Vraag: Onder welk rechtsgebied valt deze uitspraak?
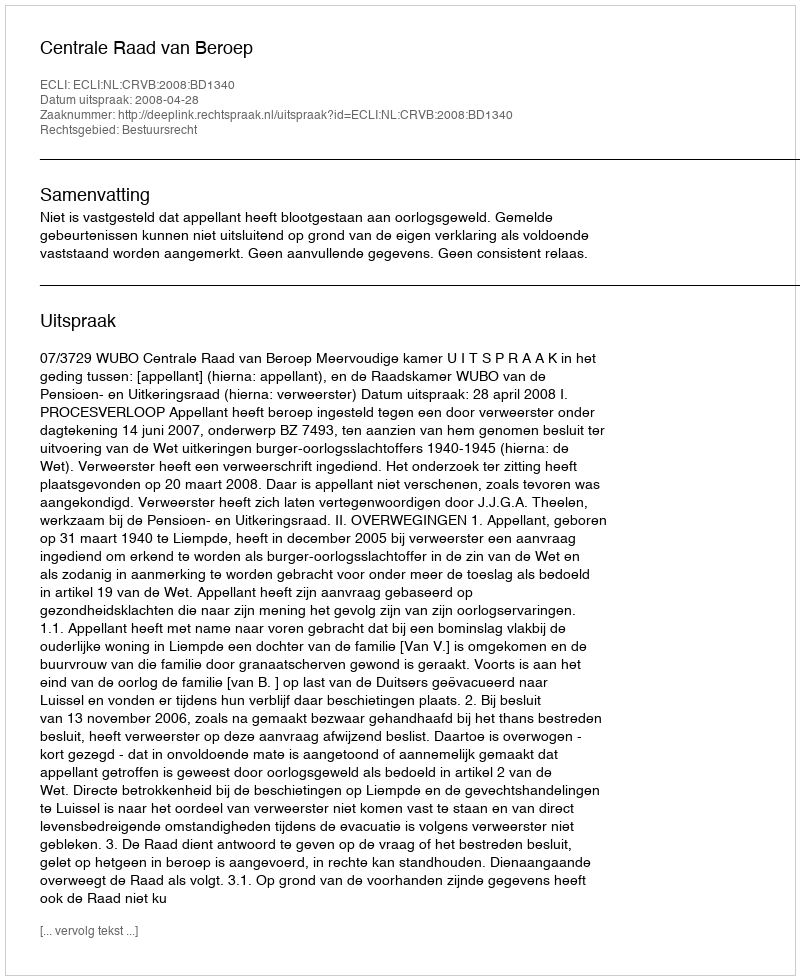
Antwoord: Bestuursrecht